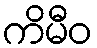
ကိမီဝ